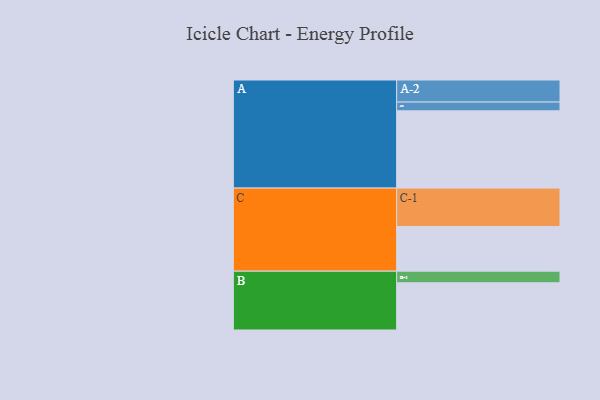
{"axis": {"x": "Segment", "y": "Value"}, "legend": ["", "A", "B", "C"], "data": [{"x": "A", "y": 599, "type": ""}, {"x": "B", "y": 366, "type": ""}, {"x": "C", "y": 346, "type": ""}, {"x": "A-1", "y": 68, "type": "A"}, {"x": "A-2", "y": 171, "type": "A"}, {"x": "B-1", "y": 90, "type": "B"}, {"x": "C-1", "y": 298, "type": "C"}]}